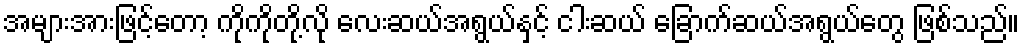
အများအားဖြင့်တော့ ကိုကိုတို့လို လေးဆယ်အရွယ်နှင့် ငါးဆယ် ခြောက်ဆယ်အရွယ်တွေ ဖြစ်သည်။